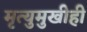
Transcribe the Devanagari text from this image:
मृत्युमुखीही